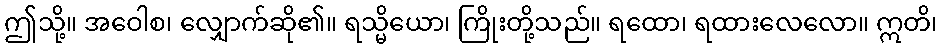
ဤသို့။ အဝေါစ၊ လျှောက်ဆို၏။ ရသ္မိယော၊ ကြိုးတို့သည်။ ရထော၊ ရထားလေလော။ ဣတိ၊